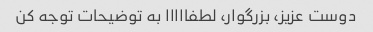
دوست عزیز، بزرگوار، لطفااااا به توضیحات توجه کن